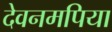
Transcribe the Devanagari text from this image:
देवनमपिया